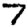
Digit: 7